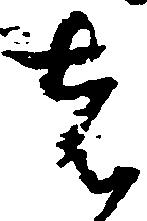
者